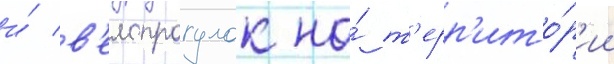
и́ в'елопрогулок на́ т'ерр'ито́р'ии